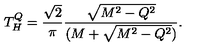
T _ { H } ^ { Q } = { \frac { \sqrt 2 } { \pi } } { \frac { \sqrt { M ^ { 2 } - Q ^ { 2 } } } { ( M + \sqrt { M ^ { 2 } - Q ^ { 2 } } ) } } .